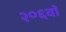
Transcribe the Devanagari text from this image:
२०६वॉ